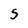
Character: 5